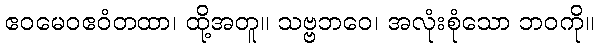
ဧဝမေဝဧဝံတထာ၊ ထို့အတူ။ သဗ္ဗဘဝေ၊ အလုံးစုံသော ဘဝကို။